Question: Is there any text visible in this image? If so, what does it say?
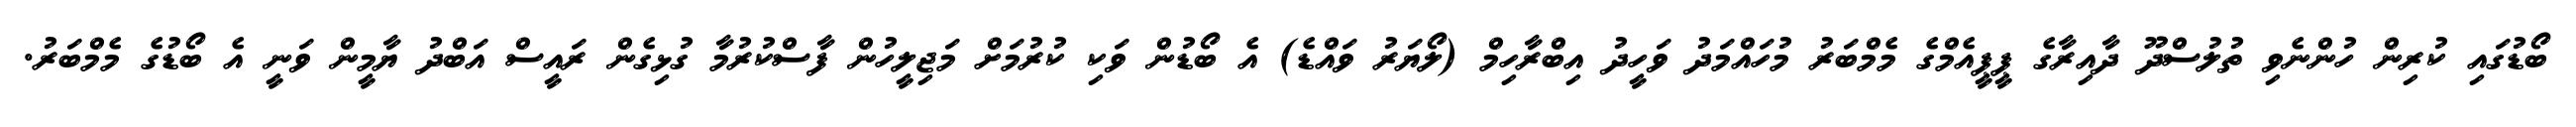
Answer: ބޯޑުގައި ކުރިން ހުންނެވި ތުލުސްދޫ ދާއިރާގެ ޕީޕީއެމްގެ މެމްބަރު މުހައްމަދު ވަހީދު އިބްރާހިމް (ލޯޔަރު ވައްޑެ) އެ ބޯޑުން ވަކި ކުރުމަށް މަޖިލީހުން ފާސްކުރުމާ ގުޅިގެން ރައީސް އަބްދު ޔާމީން ވަނީ އެ ބޯޑުގެ މެމްބަރު.